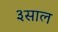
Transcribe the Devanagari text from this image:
३साल